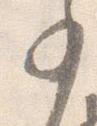
少